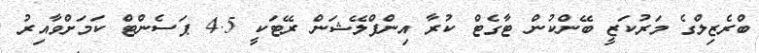
ބްރެޒިލްގެ މަރުކަޒީ ބޭންކުން ޓާގެޓް ކުރާ އިންފްލޭޝަން ރޭޓަކީ 4.5 ޕަސެންޓް ކަމަށްވާއިރު